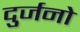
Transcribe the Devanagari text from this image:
दुर्जनो